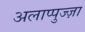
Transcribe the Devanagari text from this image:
अलाप्पुज्ज़ा